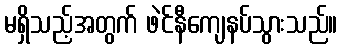
မရှိသည့်အတွက် ဖဲင်နီကျေနပ်သွားသည်။